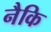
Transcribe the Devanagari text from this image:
नैकि